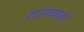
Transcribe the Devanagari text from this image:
राज्यकालों